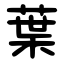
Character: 葉